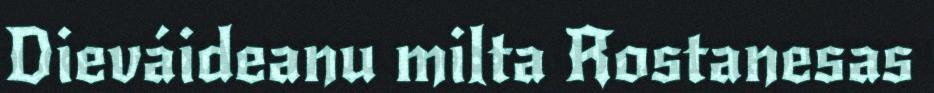
Dieváideanu milta Rostanesas